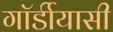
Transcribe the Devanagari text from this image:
गॉर्डीयासी